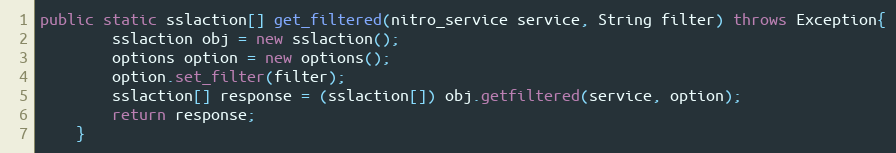
Language: Java
public static sslaction[] get_filtered(nitro_service service, String filter) throws Exception{
		sslaction obj = new sslaction();
		options option = new options();
		option.set_filter(filter);
		sslaction[] response = (sslaction[]) obj.getfiltered(service, option);
		return response;
	}